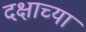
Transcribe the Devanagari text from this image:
दक्षाच्या